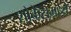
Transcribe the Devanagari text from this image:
शोकेसमध्ये